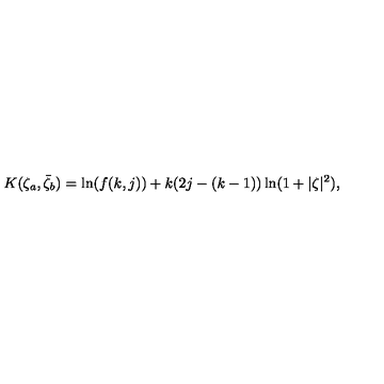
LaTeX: K ( \zeta _ { a } , \bar { \zeta } _ { b } ) = \ln ( f ( k , j ) ) + k ( 2 j - ( k - 1 ) ) \ln ( 1 + | \zeta | ^ { 2 } ) ,